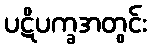
ပဋိပက္ခအတွင်း